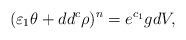
LaTeX: \begin{align*}(\varepsilon_1 \theta + dd^c \rho)^n = e^{c_1} gdV, \end{align*}